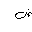
Letter: _dad